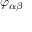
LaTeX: \varphi _ { \alpha \beta }